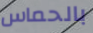
بالحماس